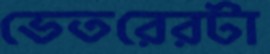
ভেতরেরটা